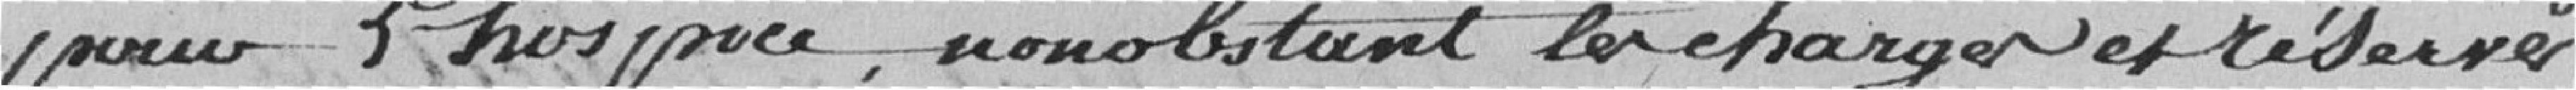
pour L'hospice nonobstant les charges et réserves